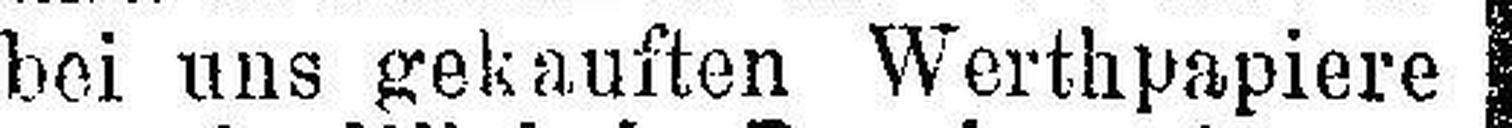
bei uns gekauften Werthpapiere